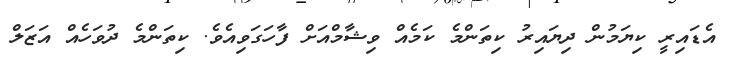
އެޑައިރީ ކިޔަމުން ދިޔައިރު ކިތަންމެ ކަމެއް ވިޝާމްއަށް ފާހަގަވިއެވެ. ކިތަންމެ ދުވަހެއް އަޒަލް